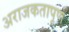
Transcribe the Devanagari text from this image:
अराजकतापूर्ण